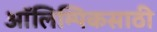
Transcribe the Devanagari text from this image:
ऑलिम्पिकसाठी